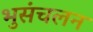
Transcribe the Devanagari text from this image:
भुसंचलन